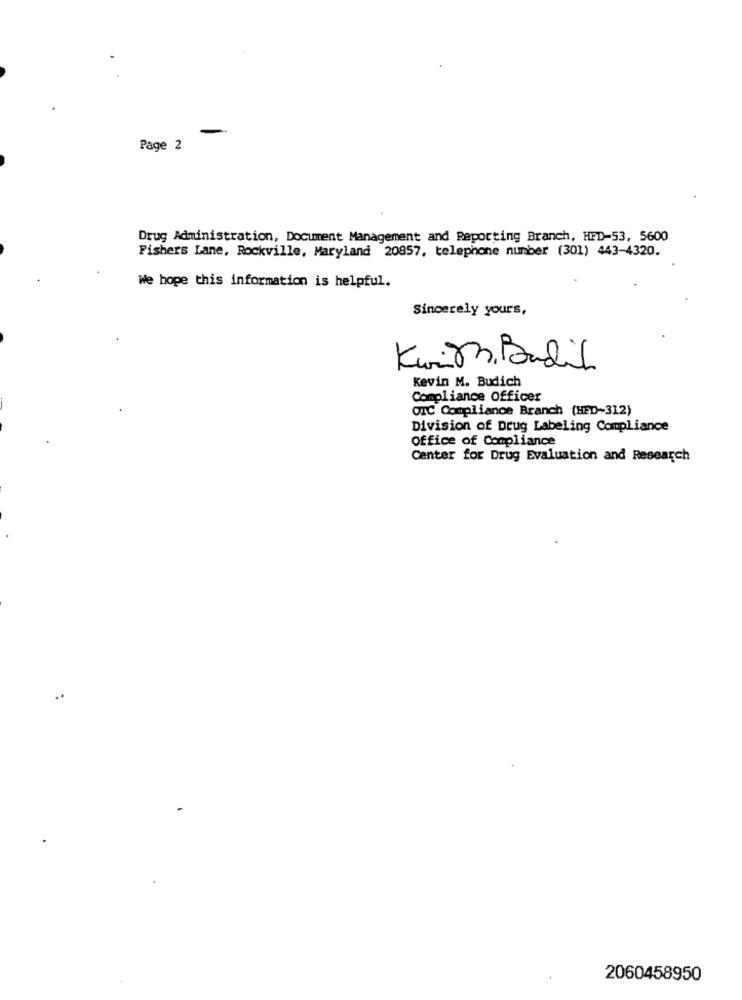
Page 2
Drug Administration, Document Management and Reporting Branch, HED-53, 5600
Fishers Lane, Rockville, Maryland 20857, telephone number (301) 443-4320.
We hope this information is helpful.
Sincerely yours,
Kevin M. Budich
Compliance Officer
GIC Compliance Branch (HFD-312)
Division of Drug Labeling Compliance
Office of Compliance
Center for Drug Evaluation and Research
2060458950